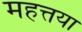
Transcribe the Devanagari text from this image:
महत्तया